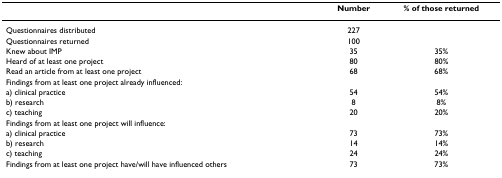
<table><thead><tr><td></td><td><b>Number</b></td><td><b>% of those returned</b></td></tr></thead><tbody><tr><td>Questionnaires distributed</td><td>227</td><td></td></tr><tr><td>Questionnaires returned</td><td>100</td><td></td></tr><tr><td>Knew about IMP</td><td>35</td><td>35%</td></tr><tr><td>Heard of at least one project</td><td>80</td><td>80%</td></tr><tr><td>Read an article from at least one project</td><td>68</td><td>68%</td></tr><tr><td>Findings from at least one project already influenced:</td><td></td><td></td></tr><tr><td>a) clinical practice</td><td>54</td><td>54%</td></tr><tr><td>b) research</td><td>8</td><td>8%</td></tr><tr><td>c) teaching</td><td>20</td><td>20%</td></tr><tr><td>Findings from at least one project will influence:</td><td></td><td></td></tr><tr><td>a) clinical practice</td><td>73</td><td>73%</td></tr><tr><td>b) research</td><td>14</td><td>14%</td></tr><tr><td>c) teaching</td><td>24</td><td>24%</td></tr><tr><td>Findings from at least one project have/will have influenced others</td><td>73</td><td>73%</td></tr></tbody></table>